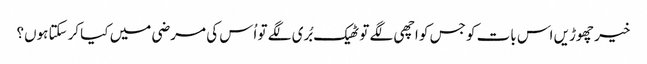
خیر چھوڑیں اس بات کو جس کو اچھی لگے تو ٹھیک بُری لگے تو اُس کی مرضی میں کیا کرسکتا ہوں؟